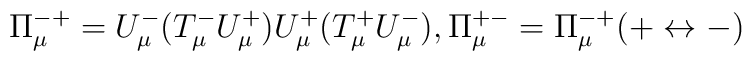
\Pi^{-+}_\mu=U^-_\mu (T^-_\mu U^+_\mu)U^+_\mu(T^+_\mu U^-_\mu), \Pi^{+-}_\mu=\Pi^{-+}_\mu(+\leftrightarrow -)